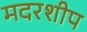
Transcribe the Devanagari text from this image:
मदरशीप